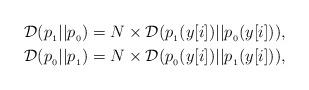
LaTeX: \begin{align*}\mathcal{D}(p_{_1}||p_{_0}) &= N \times \mathcal{D}(p_{_1}(y[i])||p_{_0}(y[i])),\\\mathcal{D}(p_{_0}||p_{_1}) &= N \times \mathcal{D}(p_{_0}(y[i])||p_{_1}(y[i])),\end{align*}